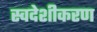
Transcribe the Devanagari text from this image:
स्वदेशीकरण